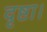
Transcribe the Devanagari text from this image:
दृष्टा।